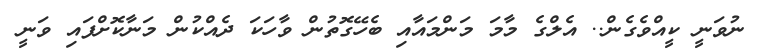
ނުވަނީ ކީއްވެގެން.. އެލްގެ މާމަ މަންމައާއި ބެހޭގޮތުން ވާހަކަ ދެއްކުން މަނާކޮށްފައި ވަނީ